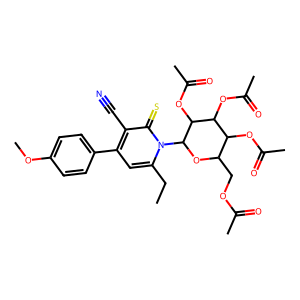
SMILES: CCc1cc(-c2ccc(OC)cc2)c(C#N)c(=S)n1C1OC(COC(C)=O)C(OC(C)=O)C(OC(C)=O)C1OC(C)=O
Inhibits HIV replication: No